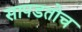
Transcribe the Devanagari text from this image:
सापडतोच